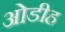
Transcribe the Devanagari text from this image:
ओडीह